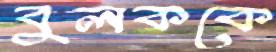
বুলককে